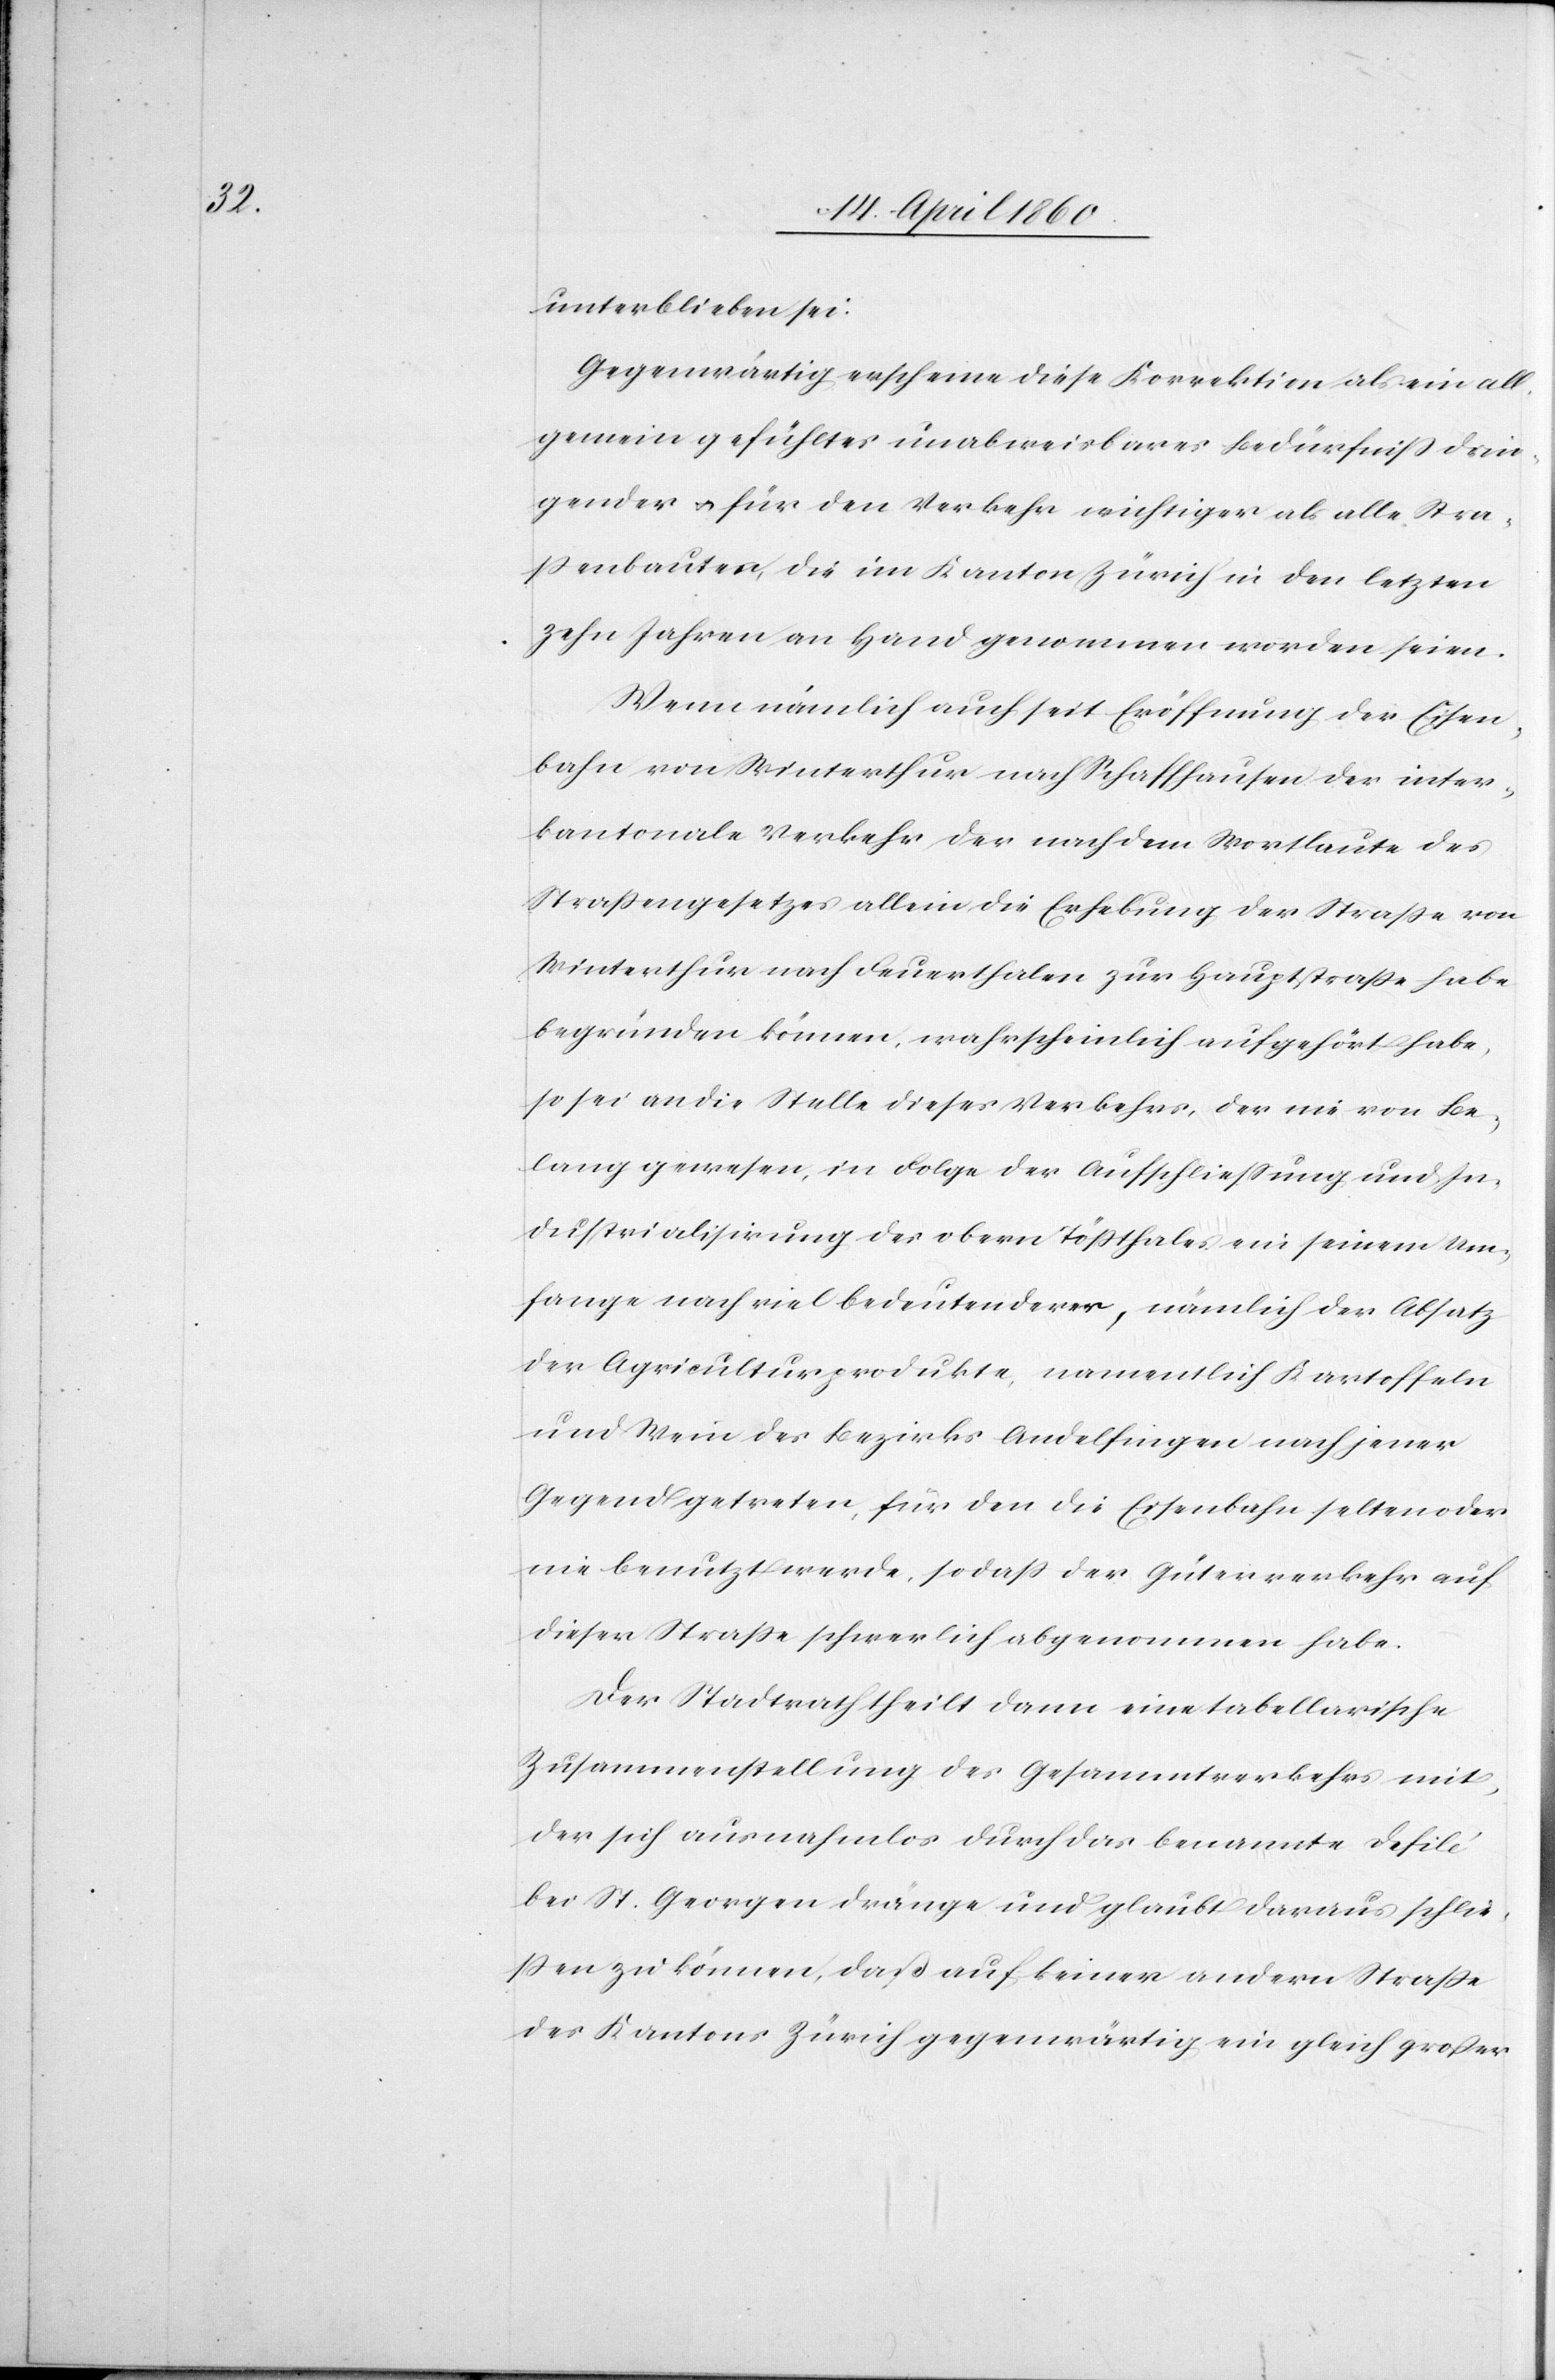
unterblieben sei.
Gegenwärtig erscheine diese Korrektion als ein all¬
gemein gefühltes unabweisbares Bedürfniss drin¬
gender u. für den Verkehr wichtiger als alle Stra¬
ssenbauten, die im Kanton Zürich in den letzten
zehn Jahren an Hand genommen worden seien.
Wenn nämlich auch seit Eröffnung der Eisen¬
bahn von Winterthur nach Schaffhausen der inter¬
kantonale Verkehr der nach dem Wortlaute des
Strassengesetzes allein die Erhebung der Strasse von
Winterthur nach Feuerthalen zur Hauptstrasse habe
begründen können, wahrscheinlich aufgehört habe,
so sei an die Stelle dieses Verkehrs, der nie von Be¬
lang gewesen, in Folge der Aufschliessung und In¬
dustrialisirung des obern Tössthales ein seinem Um¬
fange nach viel bedeutenderer, nämlich der Absatz
der Agriculturprodukte, namentlich Kartoffeln
und Wein des Bezirks Andelfingen nach jener
Gegend getreten, für den die Eisenbahn selten oder
nie benutzt werde, so dass der Güterverkehr auf
dieser Strasse schwerlich abgenommen habe.
Der Stadtrath theilt dann eine tabellarische
Zusammenstellung des Gesammtverkehrs mit,
der sich ausnahmlos durch das benannte Defilé
bei St. Georgen dränge und glaubt daraus schlie¬
ssen zu können, dass auf keiner andern Strasse
des Kantons Zürich gegenwärtig ein gleich grosser